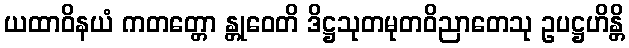
ယထာဝိနယံ ကတတ္တော န္တုဝေတိ ဒိဋ္ဌသုတမုတဝိညာတေသု ဥပဋ္ဌဟိန္တိ